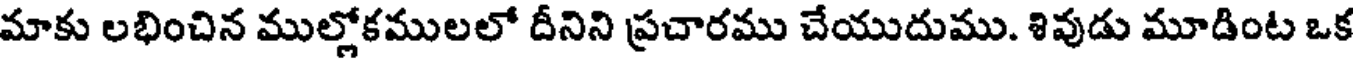
మాకు లభించిన ముల్లోకములలో దీనిని ప్రచారము చేయుదుము. శివుడు మూడింట ఒక